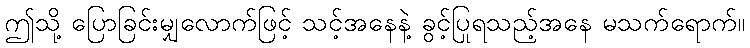
ဤသို့ ပြောခြင်းမျှလောက်ဖြင့် သင့်အနေနဲ့ ခွင့်ပြုရသည့်အနေ မသက်ရောက်။